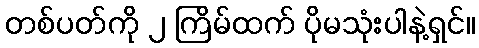
တစ်ပတ်ကို ၂ ကြိမ်ထက် ပိုမသုံးပါနဲ့ရှင်။